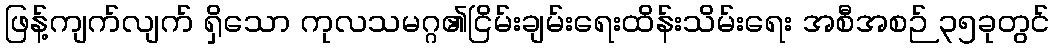
ဖြန့်ကျက်လျက် ရှိသော ကုလသမဂ္ဂ၏ငြိမ်းချမ်းရေးထိန်းသိမ်းရေး အစီအစဉ် ၃၅ခုတွင်